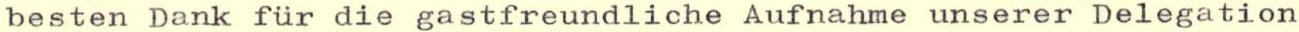
besten Dank für die gastfreundliche Aufnahme unserer Delegation